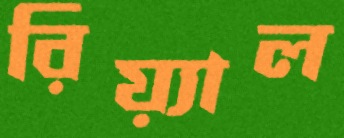
রিয়্যাল